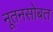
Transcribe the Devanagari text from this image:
नूतनसोबत